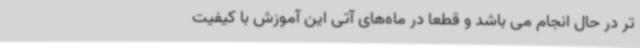
تر در حال انجام می باشد و قطعاً در ماه‌های آتی این آموزش با کیفیت